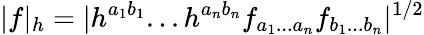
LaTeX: |f|_{h}=|h^{a_{1}b_{1}}...h^{a_{n}b_{n}}f_{a_{1}...a_{n}}f_{b_{1}...b_{n}}|^{1/2}